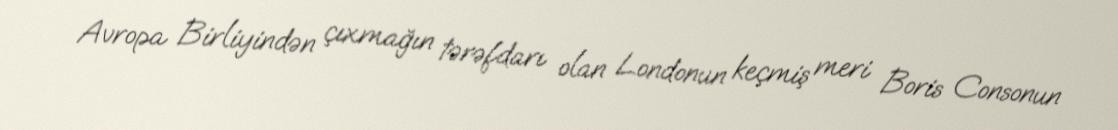
Avropa Birliyindən çıxmağın tərəfdarı olan Londonun keçmiş meri Boris Consonun